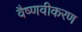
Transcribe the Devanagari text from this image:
वैष्णवीकरण